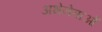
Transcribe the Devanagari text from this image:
अभेनेताओं